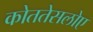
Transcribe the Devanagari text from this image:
कोततेसलोए